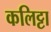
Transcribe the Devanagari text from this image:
कलिट्टा